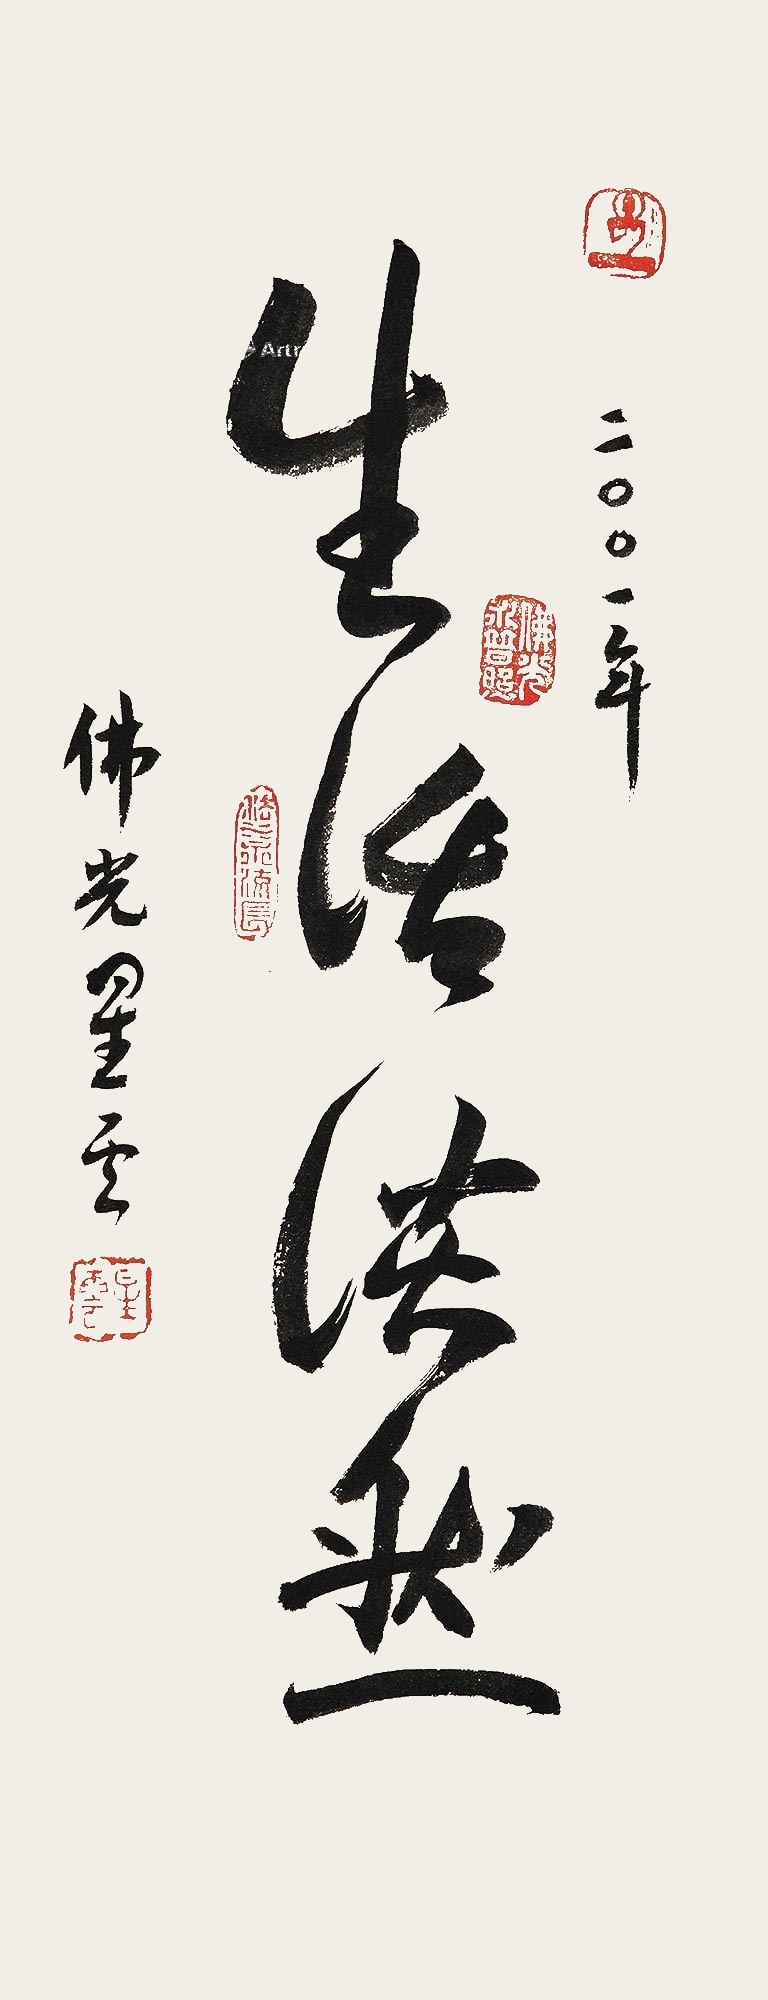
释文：生活淡然。二OO一年，佛光星云。